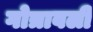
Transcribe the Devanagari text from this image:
गोत्रावली